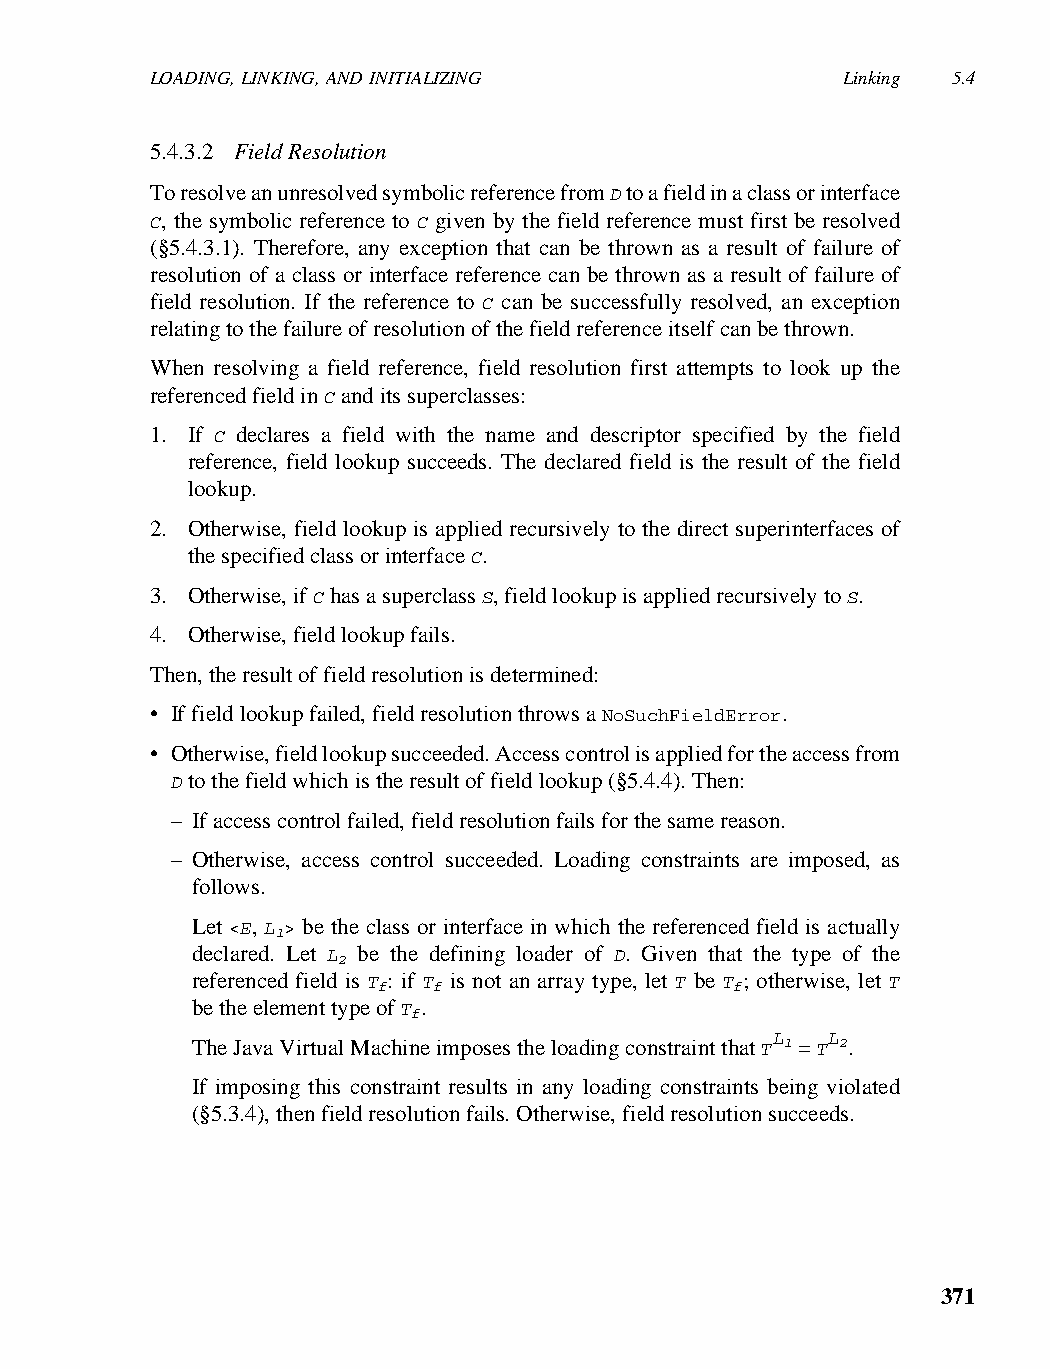
LOADING, LINKING, AND INITIALIZING            Linking 5.4
 5.4.3.2 Field Resolution
 To resolve an unresolved symbolic reference from D to a field in a class or interface
 C, the symbolic reference to C given by the field reference must first be resolved
 (§5.4.3.1). Therefore, any exception that can be thrown as a result of failure of
 resolution of a class or interface reference can be thrown as a result of failure of
 field resolution. If the reference to C can be successfully resolved, an exception
 relating to the failure of resolution of the field reference itself can be thrown.
 When resolving a field reference, field resolution first attempts to look up the
 referenced field in C and its superclasses:
 1. If C declares a field with the name and descriptor specified by the field
 reference, field lookup succeeds. The declared field is the result of the field
 lookup.
 2. Otherwise, field lookup is applied recursively to the direct superinterfaces of
 the specified class or interface C.
 3. Otherwise, if C has a superclass S, field lookup is applied recursively to S.
 4. Otherwise, field lookup fails.
 Then, the result of field resolution is determined:
 • If field lookup failed, field resolution throws a NoSuchFieldError.
 • Otherwise, field lookup succeeded. Access control is applied for the access from
 D to the field which is the result of field lookup (§5.4.4). Then:
 – If access control failed, field resolution fails for the same reason.
 – Otherwise, access control succeeded. Loading constraints are imposed, as
 follows.
 Let <E, L > be the class or interface in which the referenced field is actually
 1
 declared. Let L be the defining loader of D. Given that the type of the
 2
 referenced field is T : if T is not an array type, let T be T ; otherwise, let T
 f   f                   f
 be the element type of T .
 f
 L   L
 The Java Virtual Machine imposes the loading constraint that T 1 = T 2.
 If imposing this constraint results in any loading constraints being violated
 (§5.3.4), then field resolution fails. Otherwise, field resolution succeeds.
 371